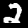
Label: 2